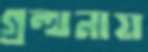
গ্রন্থনায়